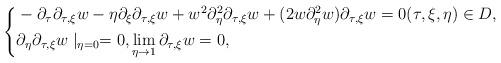
LaTeX: \begin{align*}\left\{\begin{aligned}&-\partial_\tau \partial_{\tau,\xi} w-\eta \partial_\xi \partial_{\tau,\xi} w+w^2\partial_{\eta }^2 \partial_{\tau,\xi} w+(2w\partial_{\eta }^2w)\partial_{\tau,\xi} w=0(\tau,\xi,\eta)\in D,\\&\partial_\eta \partial_{\tau,\xi} w\mid _{\eta=0}=0,\displaystyle\lim_{\eta\to 1} \partial_{\tau,\xi} w= 0 ,\end{aligned}\right.\end{align*}